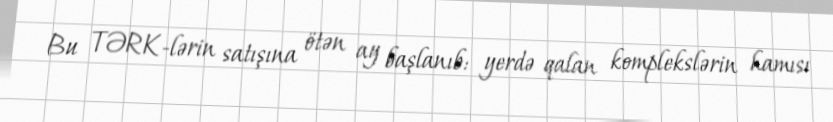
Bu TƏRK-lərin satışına ötən ay başlanıb: yerdə qalan komplekslərin hamısı